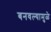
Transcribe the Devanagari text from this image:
बनवल्यामुळे